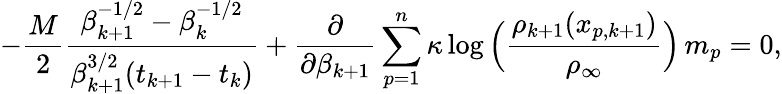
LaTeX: -\frac{M}{2}\frac{\beta_{k+1}^{-1/2}-\beta_{k}^{-1/2}}{\beta_{k+1}^{3/2}(t_{k+1}-t_{k})}+\frac{\partial}{\partial\beta_{k+1}}\sum_{p=1}^{n}\kappa\log\Big(\frac{\rho_{k+1}(x_{p,k+1})}{\rho_{\infty}}\Big)\, m_{p}=0,